Civil Veterinary Department Bengal reports 1933-51 - 1933-1951
Year: 1933
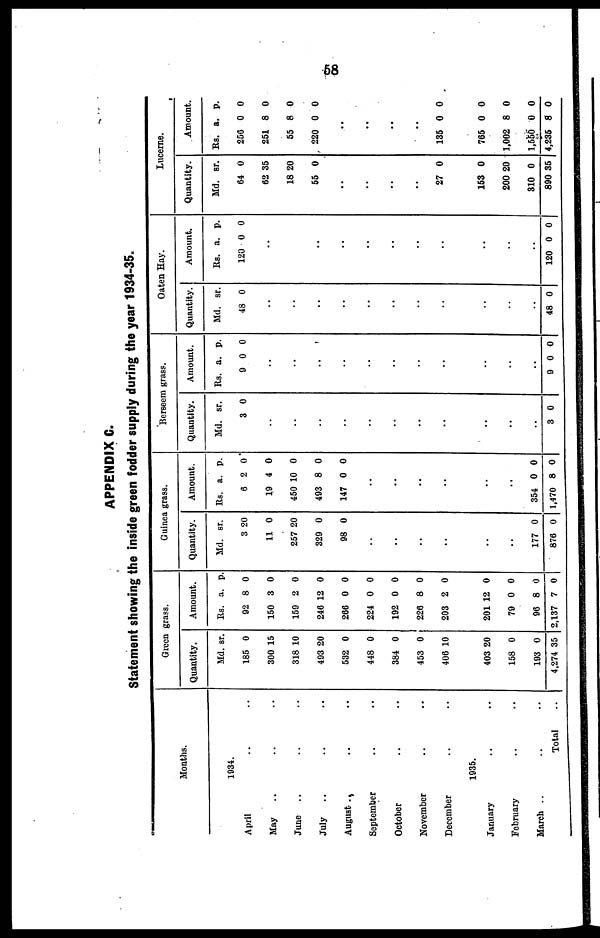
58
APPENDIX C.
Statement showing the inside green fodder supply during the year 1934-35.
Months.
1934.
April .. ..
May .. .. ..
June .. .. ..
July .. .. ..
August .. .. ..
September .. ..
October .. ..
November .. ..
December .. ..
1935.
January .. ..
February .. ..
March.. ..
Total..
Green grass.
Quantity.
Md. sr.
185 0
300 15
318 10
403 20
532 0
448 0
384 0
453 0
406 10
403 20
158 0
193 0
4,274 35
Amount.
Rs. a. p
92 8 0
150 3 0
159 2 0
240 12 0
266 0 0
224 0 0
192 0 0
226 8 0
203 2 0
201 12 0
79 0 0
96 8 0
2,137 7 0
Guinea grass.
Quantity.
Md. sr.
3 20
11 0
257 20
329 0
98 0
..
..
..
..
..
..
177 0
876 0
Amount.
Its. a. p.
6 2 0
19 4 0
450 10 0
493 8 0
147 0 0
..
..
..
.. ..
..
..
354 0 0
1,470 8 0
Bersecm grass.
Quantity.
Md. sr.
3 0
..
..
..
..
..
..
..
..
..
..
..
3 0
Amount.
Rs. a. p.
9 0 0
..
..
..
..
..
..
..
..
..
..
..
9 0 0
Oaten Hay.
Quantity.
Md. sr.
48 0
..
..
..
..
..
..
..
..
..
..
..
48 0
Amount.
Its. a. p.
120 0 0
..
..
..
..
..
..
..
..
..
..
..
120 0 0
Lucerne.
Quantity.
Md. sr.
64 0
62 35
18 20
55 0
..
..
..
..
27 0
153 0
200 20
310 0
890 35
Amount.
Rs. a. p.
256 0 0
251 8 0
55 8 0
220 0 0
..
..
..
..
135 0 0
765 0 0
1,002 8 0
1,550 0 0
4,235 8 0